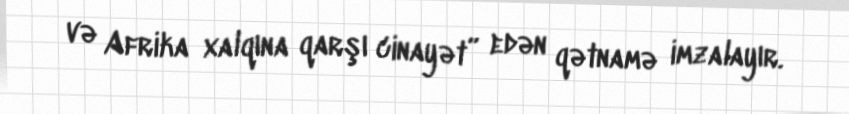
və Afrika xalqına qarşı cinayət” edən qətnamə imzalayır.